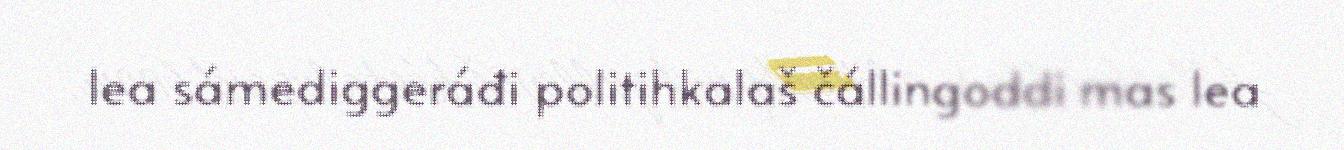
lea sámediggeráđi politihkalaš čállingoddi mas lea